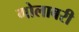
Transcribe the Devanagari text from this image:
गोलाबरी